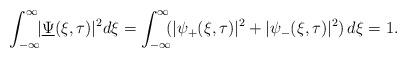
LaTeX: \begin{align*}\int_{-\infty}^{\infty}\!\! |\underline{\Psi}(\xi, \tau)|^{2} d\xi = \int_{-\infty}^{\infty}\!\! (|\psi_{+}(\xi, \tau)|^{2} + |\psi_{-}(\xi, \tau)|^{2})\, d\xi = 1.\end{align*}